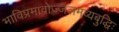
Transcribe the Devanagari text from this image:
भाविप्रमावोज्जलमव्यबुद्धिः